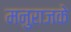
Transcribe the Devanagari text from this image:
मनुराजके